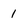
Character: 1